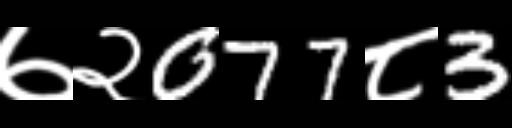
Text: ७२077८3